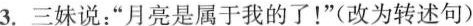
3.三妹说：”月亮是属于我的了！”(改为转述句)